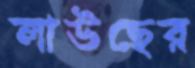
লাউছের